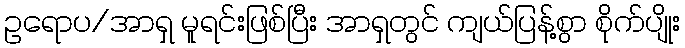
ဥရောပ/အာရှ မူရင်းဖြစ်ပြီး အာရှတွင် ကျယ်ပြန့်စွာ စိုက်ပျိုး